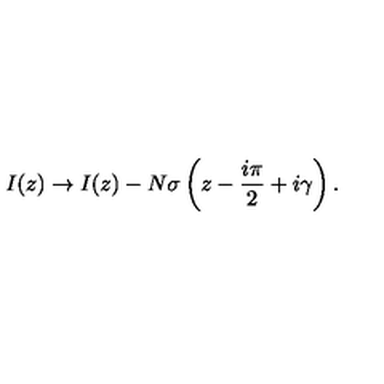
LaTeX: I ( z ) \rightarrow I ( z ) - N \sigma \left( z - \frac { i \pi } { 2 } + i \gamma \right) .